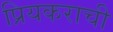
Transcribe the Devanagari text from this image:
प्रियकराची